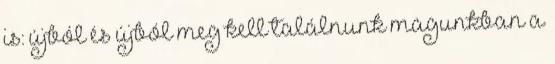
is: újból és újból meg kell találnunk magunkban a